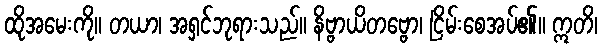
ထိုအမေးကို။ တယာ၊ အရှင်ဘုရားသည်။ နိဗ္ဗာယိတဗ္ဗော၊ ငြိမ်းစေအပ်၏။ ဣတိ၊